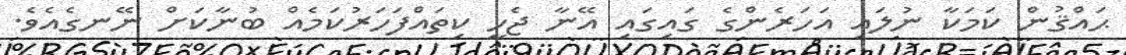
ޙައްޤުން ކަމަކާ ނުލައި އަހަރެންގެ ގައިގައި އޭނާ ޖެހީ ކިތައްފަހަރުކަމެއް ބުނާކަށް ނޭނގެއެވެ.